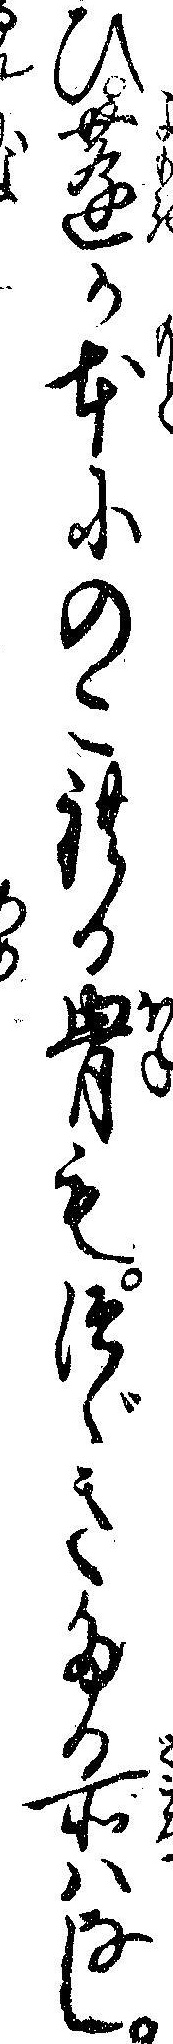
ひ蓬か本にのこれる骨もつゞきたる所はなし